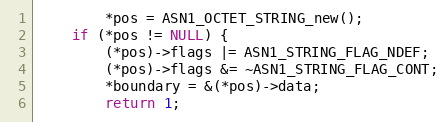
Language: C
        *pos = ASN1_OCTET_STRING_new();
    if (*pos != NULL) {
        (*pos)->flags |= ASN1_STRING_FLAG_NDEF;
        (*pos)->flags &= ~ASN1_STRING_FLAG_CONT;
        *boundary = &(*pos)->data;
        return 1;